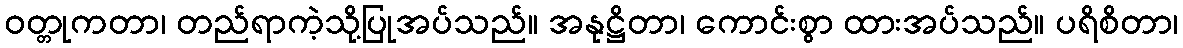
ဝတ္တုကတာ၊ တည်ရာကဲ့သို့ပြုအပ်သည်။ အနုဋ္ဌိတာ၊ ကောင်းစွာ ထားအပ်သည်။ ပရိစိတာ၊